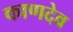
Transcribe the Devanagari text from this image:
काणदेव